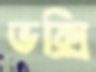
ভক্সি